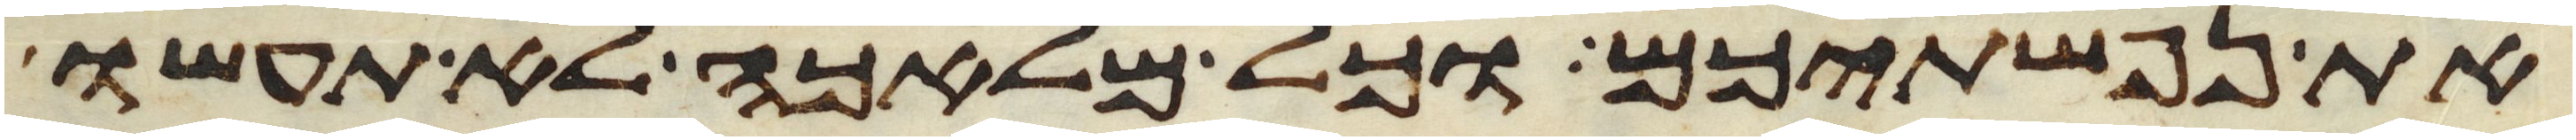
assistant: את נפשתיכם וכל מלאכה לא תעשו